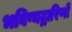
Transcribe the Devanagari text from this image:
भविष्यद्वारिणों